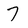
Character: 7